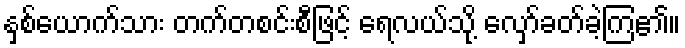
နှစ်ယောက်သား တက်တစင်းစီဖြင့် ရေလယ်သို့ လှော်ခတ်ခဲ့ကြ၏။